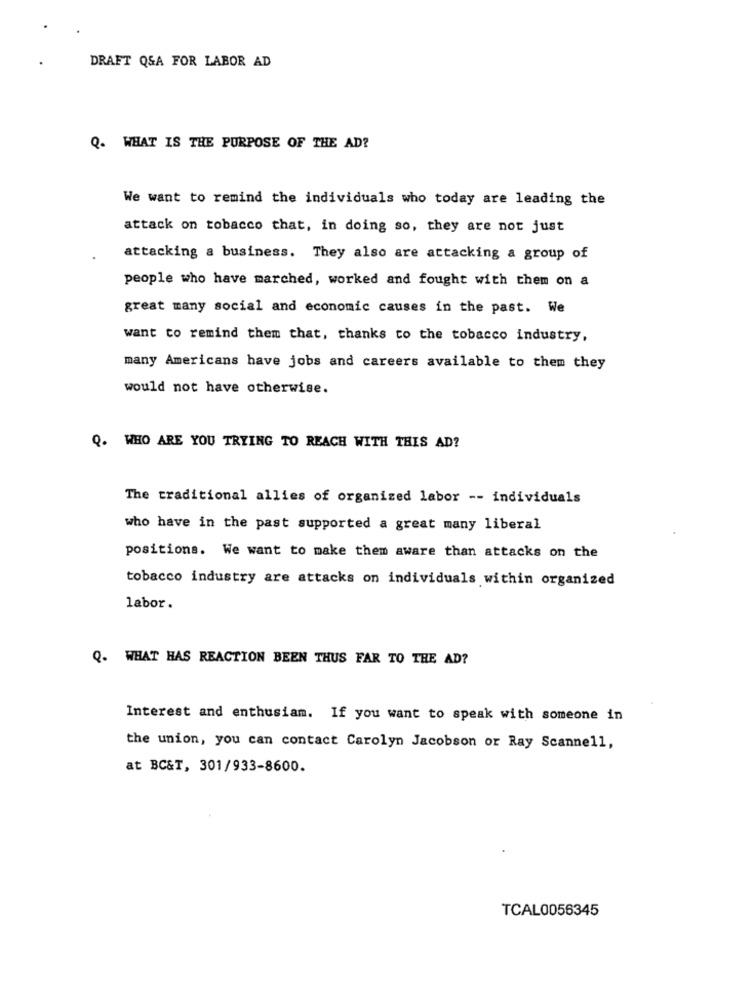
DRAFT Q&A FOR LABOR AD
Q. WHAT IS THE PURPOSE OF THE AD?
We want to remind the individuals who today are leading the
attack on tobacco that, in doing so, they are not just
attacking a business. They also are attacking a group of
people who have marched, worked and fought with them on a
great many social and economic causes in the past. We
want to remind them that, thanks to the tobacco industry,
many Americans have jobs and careers available to them they
would not have otherwise.
Q. WHO ARE YOU TRYING TO REACH WITH THIS AD?
The traditional allies of organized labor -- individuals
who have in the past supported a great many liberal
positions. We want to make them aware than attacks on the
tobacco industry are attacks on individuals within organized
labor.
Q. WHAT HAS REACTION BEEN THUS FAR TO THE AD?
Interest and enthusiam. If you want to speak with someone in
the union, you can contact Carolyn Jacobson or Ray Scannell,
at BC&T, 301/933-8600.
TCAL0056345